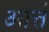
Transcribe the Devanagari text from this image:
आर्त्त